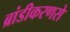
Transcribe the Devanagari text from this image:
ब्रांडीकरणसे